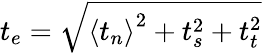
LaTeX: t_{e}=\sqrt{\left\langle t_{n}\right\rangle^{2}+t_{s}^{2}+t_{t}^{2}}